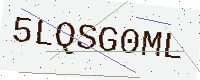
Text: 5LQSG0ML